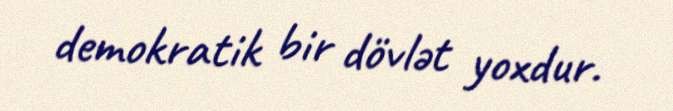
demokratik bir dövlət yoxdur.